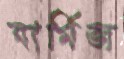
বার্মিজ